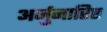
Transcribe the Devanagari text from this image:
अर्जुनारिष्ट